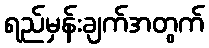
ရည်မှန်းချက်အတွက်